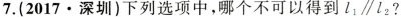
7.（2017·深圳）下列选项中，哪个不可以得到l_{1}//l_{2}？